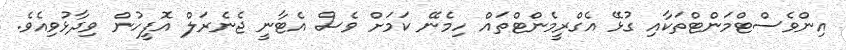
އިންވެސްޓްމަންޓްތަކާއި ގުޅޭ އެގްރީމެންޓްތައް ހިމެނޭ ކަމަށް ވެސް އެޓާނީ ޖެނެރަލް އޮފީހުން ވިދާޅުވިއެވެ.